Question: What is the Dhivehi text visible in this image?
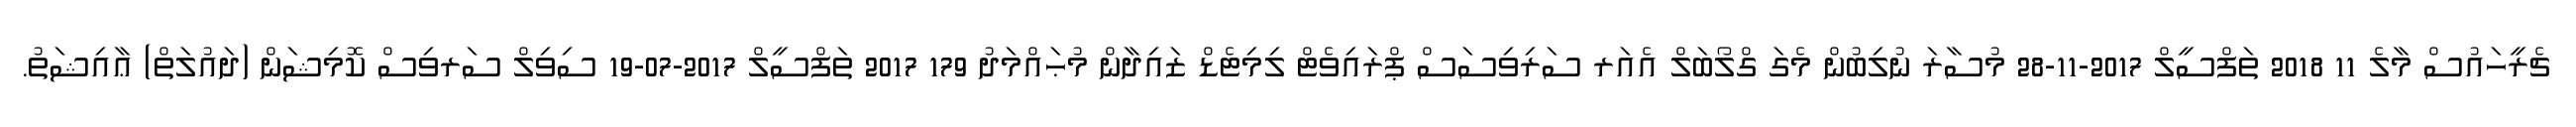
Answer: ޗެރީހައުސް މާލެ 11 2018 ތަފްސީލް 2017-11-28 މުސާރަ ނުލިބުން މެގަ ގްލޯބަލް އެއަރ ސަރިވިސަސް ޕްރައިވެޓް ލިމިޓެޑް ޒައިދާން މުޙައްމަދު 179 2017 ތަފްސީލް 2017-07-19 ސިވިލް ސަރވިސް ކޮމިޝަން (ދައުލަތް) ޢާއިޝަތު.